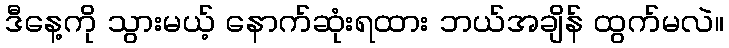
ဒီနေ့ကို သွားမယ့် နောက်ဆုံးရထား ဘယ်အချိန် ထွက်မလဲ။